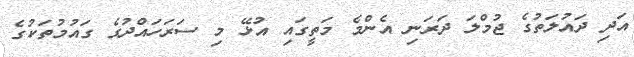
އަދި ދައުލަތުގެ ޖުމްލަ ދަރަނި އެންމެ މަތީގައި އުޅޭ މި ސަރަހައްދުގެ ގައުމުތަކުގެ